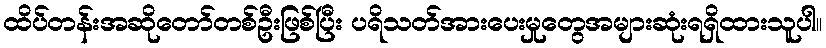
ထိပ်တန်းအဆိုတော်တစ်ဦးဖြစ်ပြီး ပရိသတ်အားပေးမှုတွေအများဆုံးရရှိထားသူပါ။